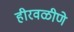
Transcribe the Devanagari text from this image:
हीरवळीणे